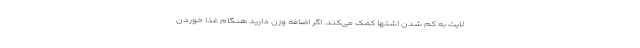
لایت به کم شدن اشتها کمک می‌کند. اگر اضافه وزن دارید هنگام غذا خوردن